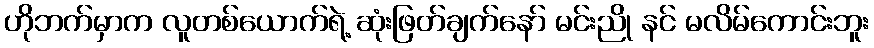
ဟိုဘက်မှာက လူတစ်ယောက်ရဲ့ ဆုံးဖြတ်ချက်နော် မင်းညို နင် မလိမ်ကောင်းဘူး